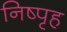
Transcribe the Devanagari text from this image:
निष्पृह